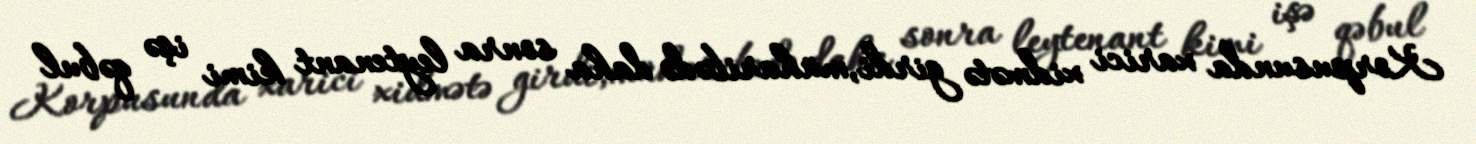
Korpusunda xarici xidmətə girdi,müharibədə daha sonra leytenant kimi işə qəbul